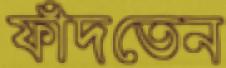
ফাঁদতেন